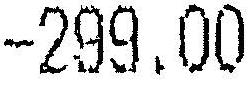
-299.00